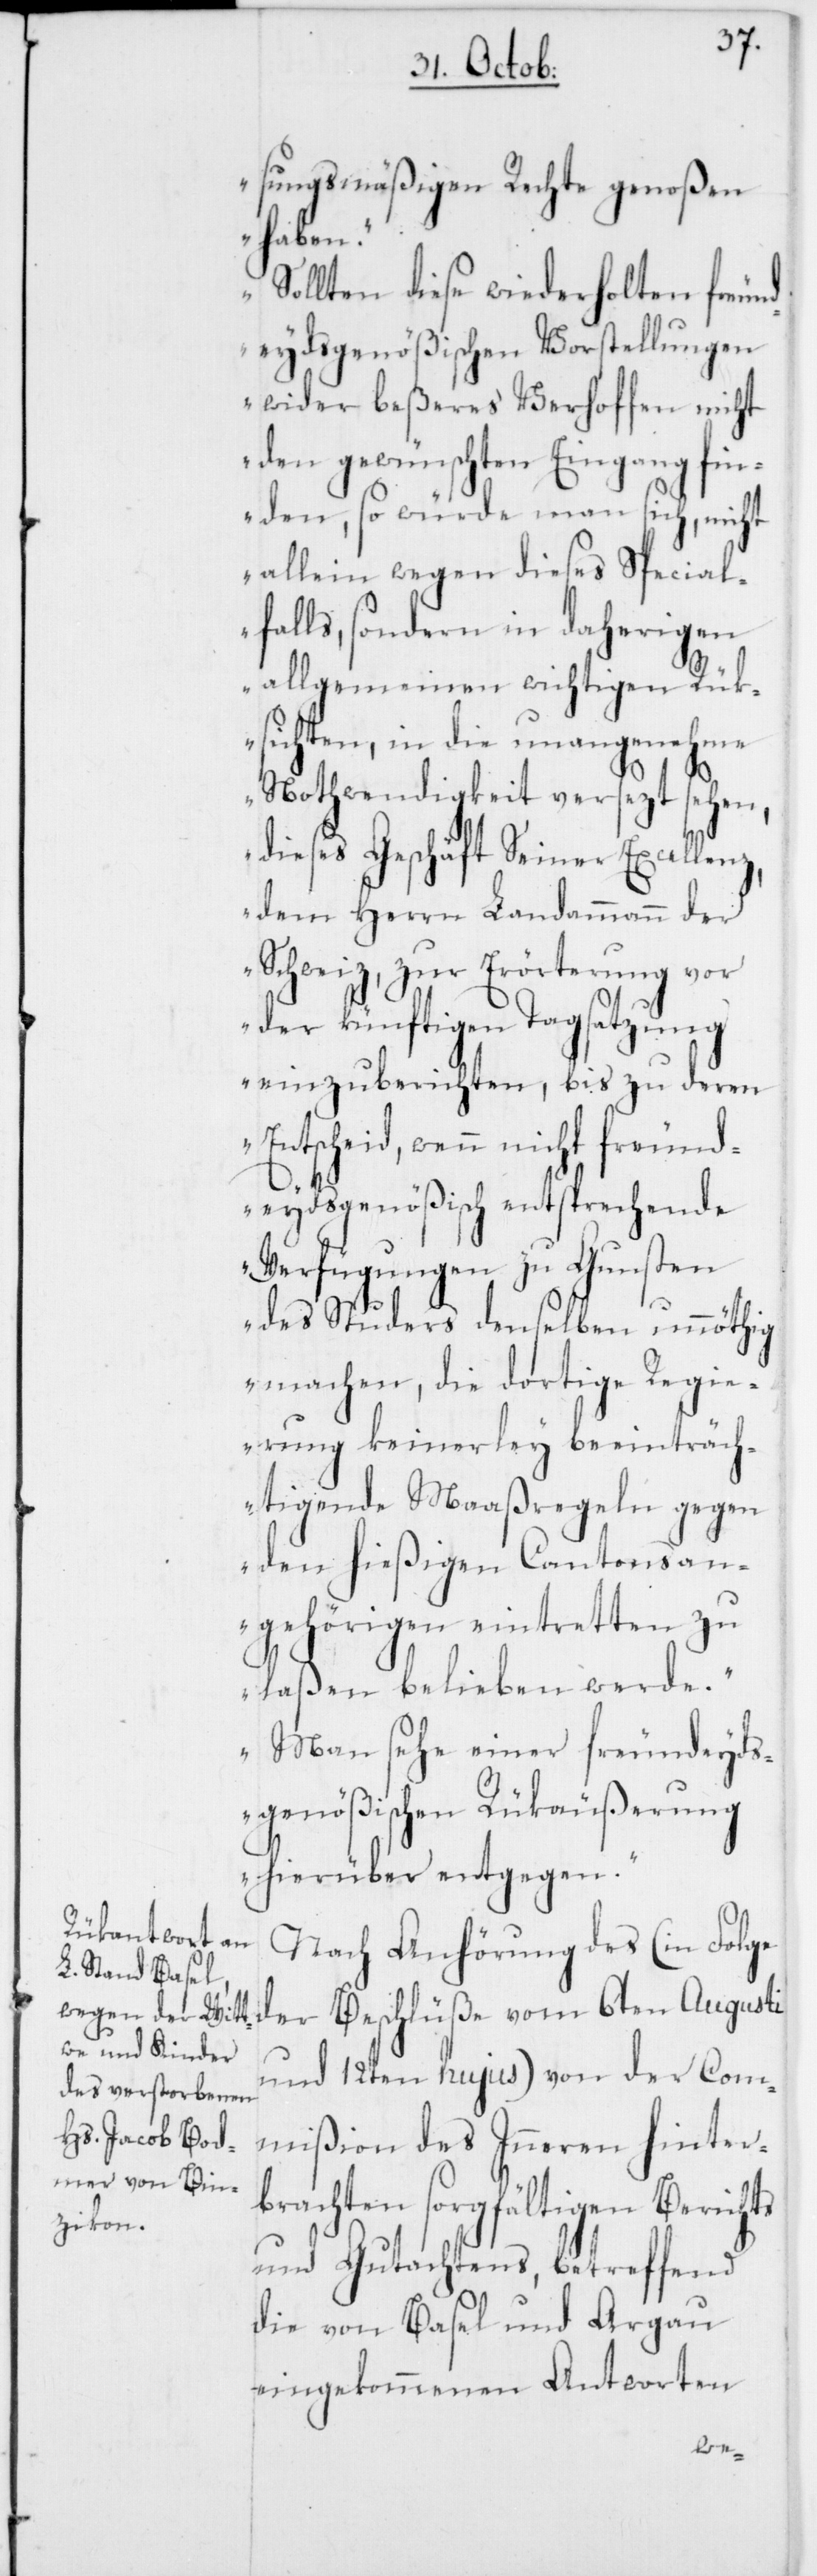
sungsmäßigen Rechte genoßen
haben.
Sollten diese wiederholten freund¬
eydsgenößischen Vorstellungen
wider beßeres Verhoffen nicht
den gewünschten Eingang fin¬
den, so würde man sich, nicht
allein wegen dieses Special¬
falls, sondern in daherigen
allgemeinen wichtigen Rük¬
sichten, in die unangenehme
Nothwendigkeit versezt sehen,
dieses Geschäft Seiner Excellenz,
dem Herrn Landammann der
Schweiz, zur Erörterung vor
der künftigen Tagsatzung
einzuberichten, bis zu deren
Entscheid, wenn nicht freund¬
eydsgenößisch entsprechende
Verfügungen zu Gunsten
des Studers denselben unnöthig
machen, die dortige Regie¬
rung keinerley beeinträch¬
tigende Maaßregeln gegen
den hießigen Cantonsan¬
gehörigen eintretten zu
laßen belieben werde.
Man sehe einer freundeyds¬
genößischen Rükäußerung
hierüber entgegen.“
Nach Anhörung des (in Folge
der Beschlüße vom 6ten Augusti
und 12ten hujus) von der Com¬
mißion des Inneren hinter¬
brachten sorgfältigen Berichts
und Gutachtens, betreffend
die von Basel und Argau
eingekommenen Antworten